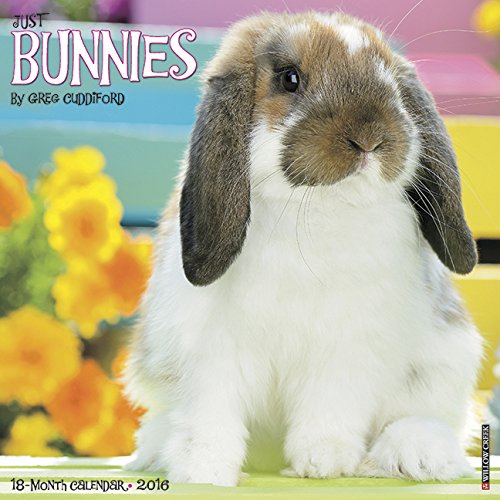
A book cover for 2016 Just Bunnies Wall Calendar; Willow Creek Press; Crafts, Hobbies & Home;